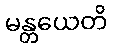
မန္တယေတိ